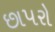
છાપરો